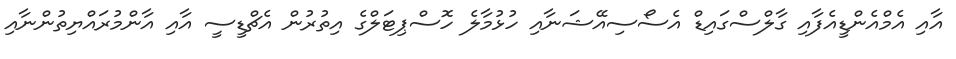
އާއި އެމްއެންޑީއެފާއި ގާލްސްގައިޑް އެސޯސިއޭޝަނާއި ހުޅުމާލެ ހޮސްޕިޓަލްގެ އިތުރުން އެޗްޑީސީ އާއި އާންމުރައްޔިތުންނާއި